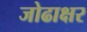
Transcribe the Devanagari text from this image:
जोढाक्षर